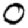
Digit: 0